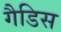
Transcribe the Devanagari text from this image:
गैडिस